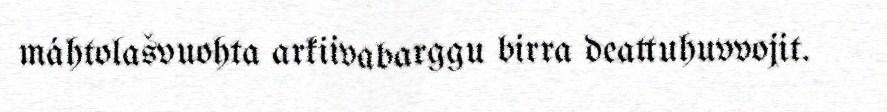
máhtolašvuohta arkiivabarggu birra deattuhuvvojit.